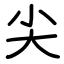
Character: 尖